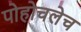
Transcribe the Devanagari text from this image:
पोहोचलेच